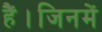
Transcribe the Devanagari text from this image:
हैं।जिनमें